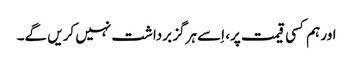
اور ہم کسی قیمت پر، اِسے ہرگز برداشت نہیں کریں گے۔